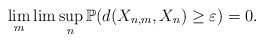
\begin{align*}\lim_{m}\lim\sup_{n}\mathbb{P}(d(X_{n,m},X_{n})\geq\varepsilon)=0.\end{align*}